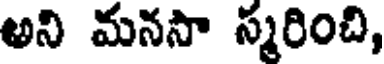
అని మనసా స్మరించి,